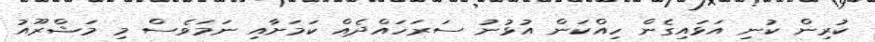
ކުރިން ކުނި އަޅައިގެން ހިއްކަން އުޅުނު ސަރަހައްދެއް ކަމަށާއި ނަމަވެސް މި މަޝްރޫއު